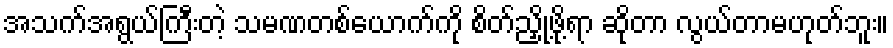
အသက်အရွယ်ကြီးတဲ့ သမဏတစ်ယောက်ကို စိတ်ညှို့ဖို့ရာ ဆိုတာ လွယ်တာမဟုတ်ဘူး။